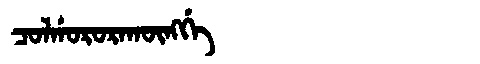
Manchu: ᠴᠣᠯᡤᠣᡵᠣᡵᠠᡴᡡᠩᡤᡝ
Romanization: COLGORORAKŪNGGE